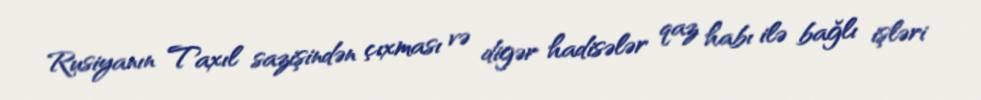
Rusiyanın Taxıl sazişindən çıxması və digər hadisələr qaz habı ilə bağlı işləri